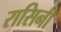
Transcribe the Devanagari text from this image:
रासिनी